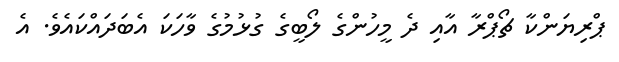
ޕްރިޔަންކާ ޗޯޕްރާ އާއި ދެ މީހުންގެ ލޯބީގެ ގުޅުމުގެ ވާހަކަ އެބަދައްކައެވެ. އެ